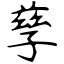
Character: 孳